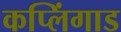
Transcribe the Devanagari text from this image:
कप्लिंगाड